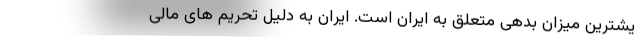
یشترین میزان بدهی متعلق به ایران است. ایران به دلیل تحریم های مالی